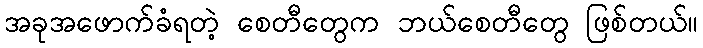
အခုအဖောက်ခံရတဲ့ စေတီတွေက ဘယ်စေတီတွေ ဖြစ်တယ်။